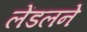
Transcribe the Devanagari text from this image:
लेंडलने